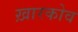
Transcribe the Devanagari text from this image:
ख़ारकोव